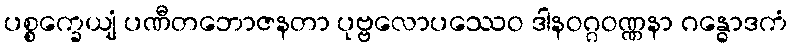
ပစ္စက္ခေယျံ ပဏီတဘောဇနတာ ပုဗ္ဗလောပဿေဝ ဒါနဝဂ္ဂဝဏ္ဏနာ ဂန္ဓောဒကံ